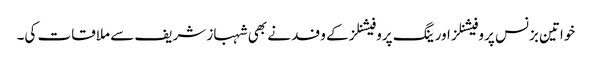
خواتین بزنس پروفیشنلز اور ینگ پروفیشنلز کے وفد نے بھی شہباز شریف سے ملاقات کی۔